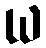
ယ